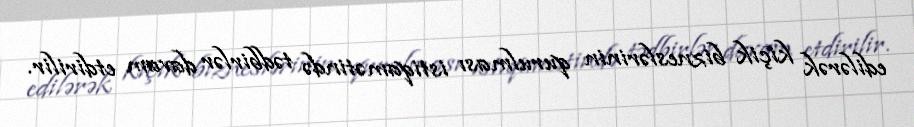
edilərək kiçik bizneslərinin qurulması istiqamətində tədbirlər davam etdirilir.